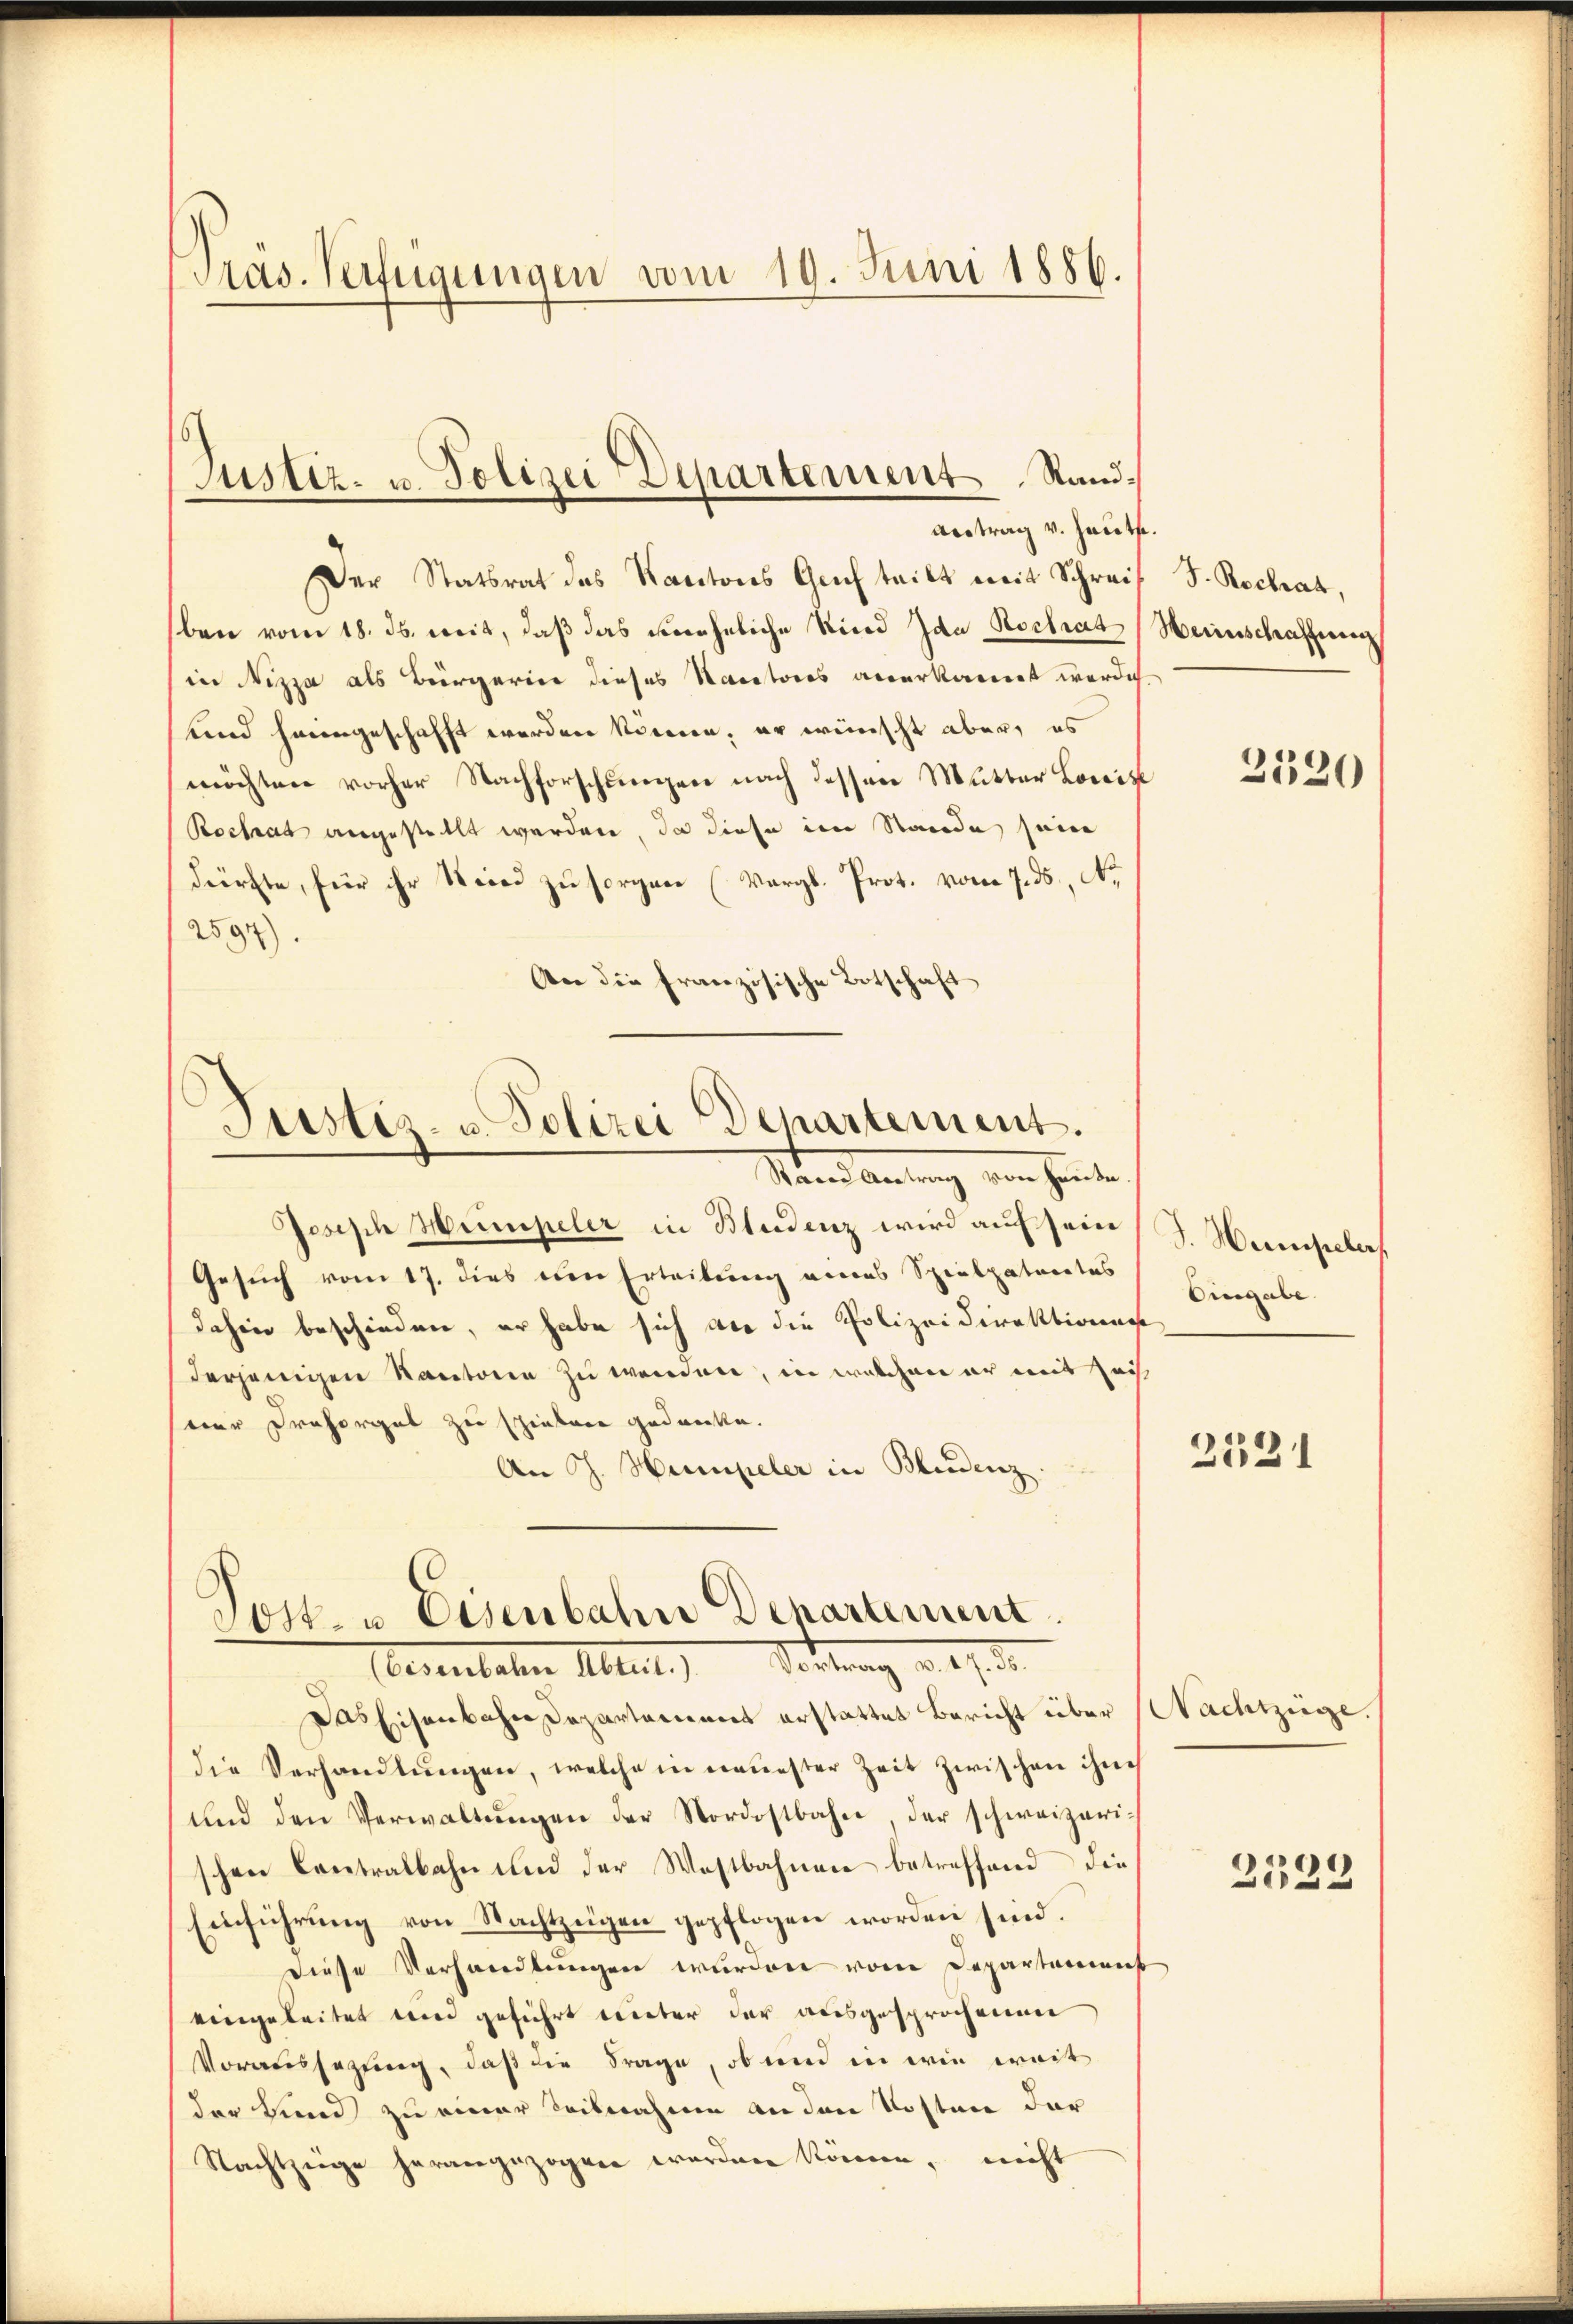
Präs. Verfügungen vom 19. Juni 1886.

Der Statsrat des Kantons Gech teilt mit Schreib
ben vom 18. ds. weit, daß das eineheliche Kind Ida Rochrat (Weinschaffung
in Nizza als Bürgerier dieses Nacktores anerkannt werde.
und heimgeschafft worden können, er wünscht aber, es
möchten vorher Nachforschungen nach dessen Mutter Loniz
Roctat angestellt werden, da diese im Stande sein
dürfte, für ihr Steier zu sorgen (Vergl. Prot. vom 7. ds., N.
2594)
An die französische Botschaft

Justiz- u. Polizei Departement Rand¬
Antrag v. Heute.

Justiz- u. Polizei Departement.
Staine Antrag von Hause.

Joseph Heimpeler in Bleidenz wird auf sein
Gesuch vom 17. dies eine Erteilung eines Spielpatentes
dahin beschieden, er habe sich an die Polizeidirektionen
derjenigen Kantonen zu werden, in welchen er mit Zei
seine Prahorget zu schiebene Gedanke.
An J. Humpeler in Bludenz.

Jost- u Eisenbahn Departement
eventaten Abteil) Vortrag v. 9. d.

Das Eisenbahne Departammes erstattet Bericht über Nachtzüge.
die Verhandlŭngen, welche in neuester Zeit zwischen ihn
und den Verwaltŭngen der Nordostbahn, der schweizerischen Centralbahn und der Westbahnen betreffend die
Einführung von Nachtzügen gepflogen worden sind.
Diese Verhandlungen wurden von Departement
eingeleitet und geführt mieter der ausgesprochenen
Voraussezung, daß die Frage, ob und in wie weit
der Lund zu einer Teilnahme an den Kosten der
Nachtzige herangezogen worden können, nicht

S. Rochrat,

J. Heempeler,
Eingabe.

2531

2120

)
252.